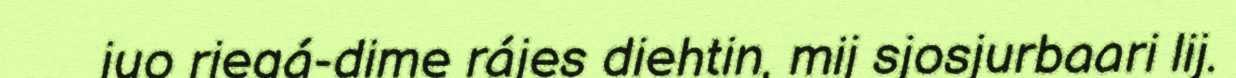
juo riegá-dime rájes diehtin, mij sjosjurbaari lij.